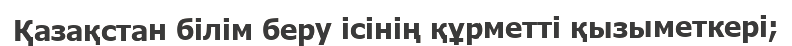
Қазақстан білім беру ісінің құрметті қызыметкері;